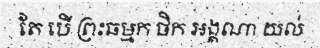
តែ បើ ព្រះធម្មក ថិក អង្គណា យល់